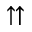
\upuparrows